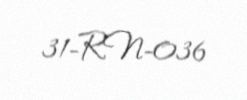
31-RN-036